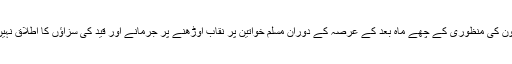
فرانسیسی قانون کی منظوری کے چھے ماہ بعد کے عرصہ کے دوران مسلم خواتین پر نقاب اوڑھنے پر جرمانے اور قید کی سزاؤں کا اطلاق نہیں کیا گیا ہے۔